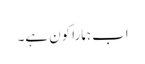
اب ہمارا کون ہے۔